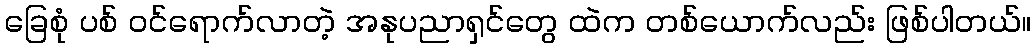
ခြေစုံ ပစ် ဝင်ရောက်လာတဲ့ အနုပညာရှင်တွေ ထဲက တစ်ယောက်လည်း ဖြစ်ပါတယ်။